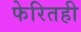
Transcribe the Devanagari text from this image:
फेरितही